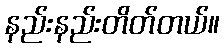
နည်းနည်းတိတ်တယ်။